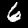
Digit: 6